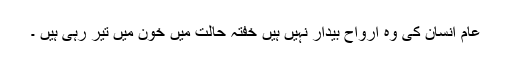
عام انسان کی وہ ارواح بیدار نہیں ہیں خفتہ حالت میں خون میں تیر رہی ہیں ۔